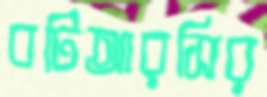
বটিআরসির